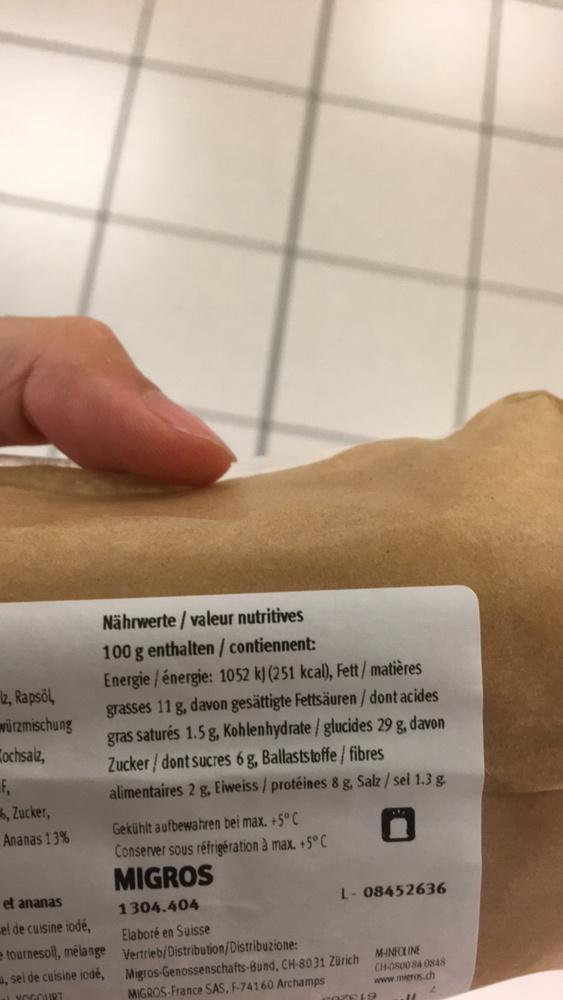
z, Rapsöl
würzmischung
ochsalz,
F₁
6, Zucker,
Ananas 13%
Nährwerte/valeur nutritives
100 g enthalten / contiennent:
Energie/énergie: 1052 kJ (251 kcal), Fett/ matières grasses 11 g, davon gesättigte Fettsäuren/dont acides gras saturés 1.5 g, Kohlenhydrate/ glucides 29 g, davon Zucker/dont sucres 6 g, Ballaststoffe / fibres
alimentaires 2 g, Eiweiss / protéines 8 g, Salz / sel 1.3 g.
et ananas
el de cuisine iodé,
tournesoll, mélange ,sei de cuisine iodé,
YOGURT
Gekühlt aufbewahren bei max. +5°C
Conserver sous réfrigération à max. +5°C
MIGROS
1304.404
L- 08452636
Elaboré en Suisse
Vertrieb/Distribution/Distribuzione: Migros-Genossenschafts-Bund, CH-8031 Zürich
MIGROS-France SAS, F-74160 Archamps
M-INFOLINE CH-0800 84 0848 www.migros.ch
2519